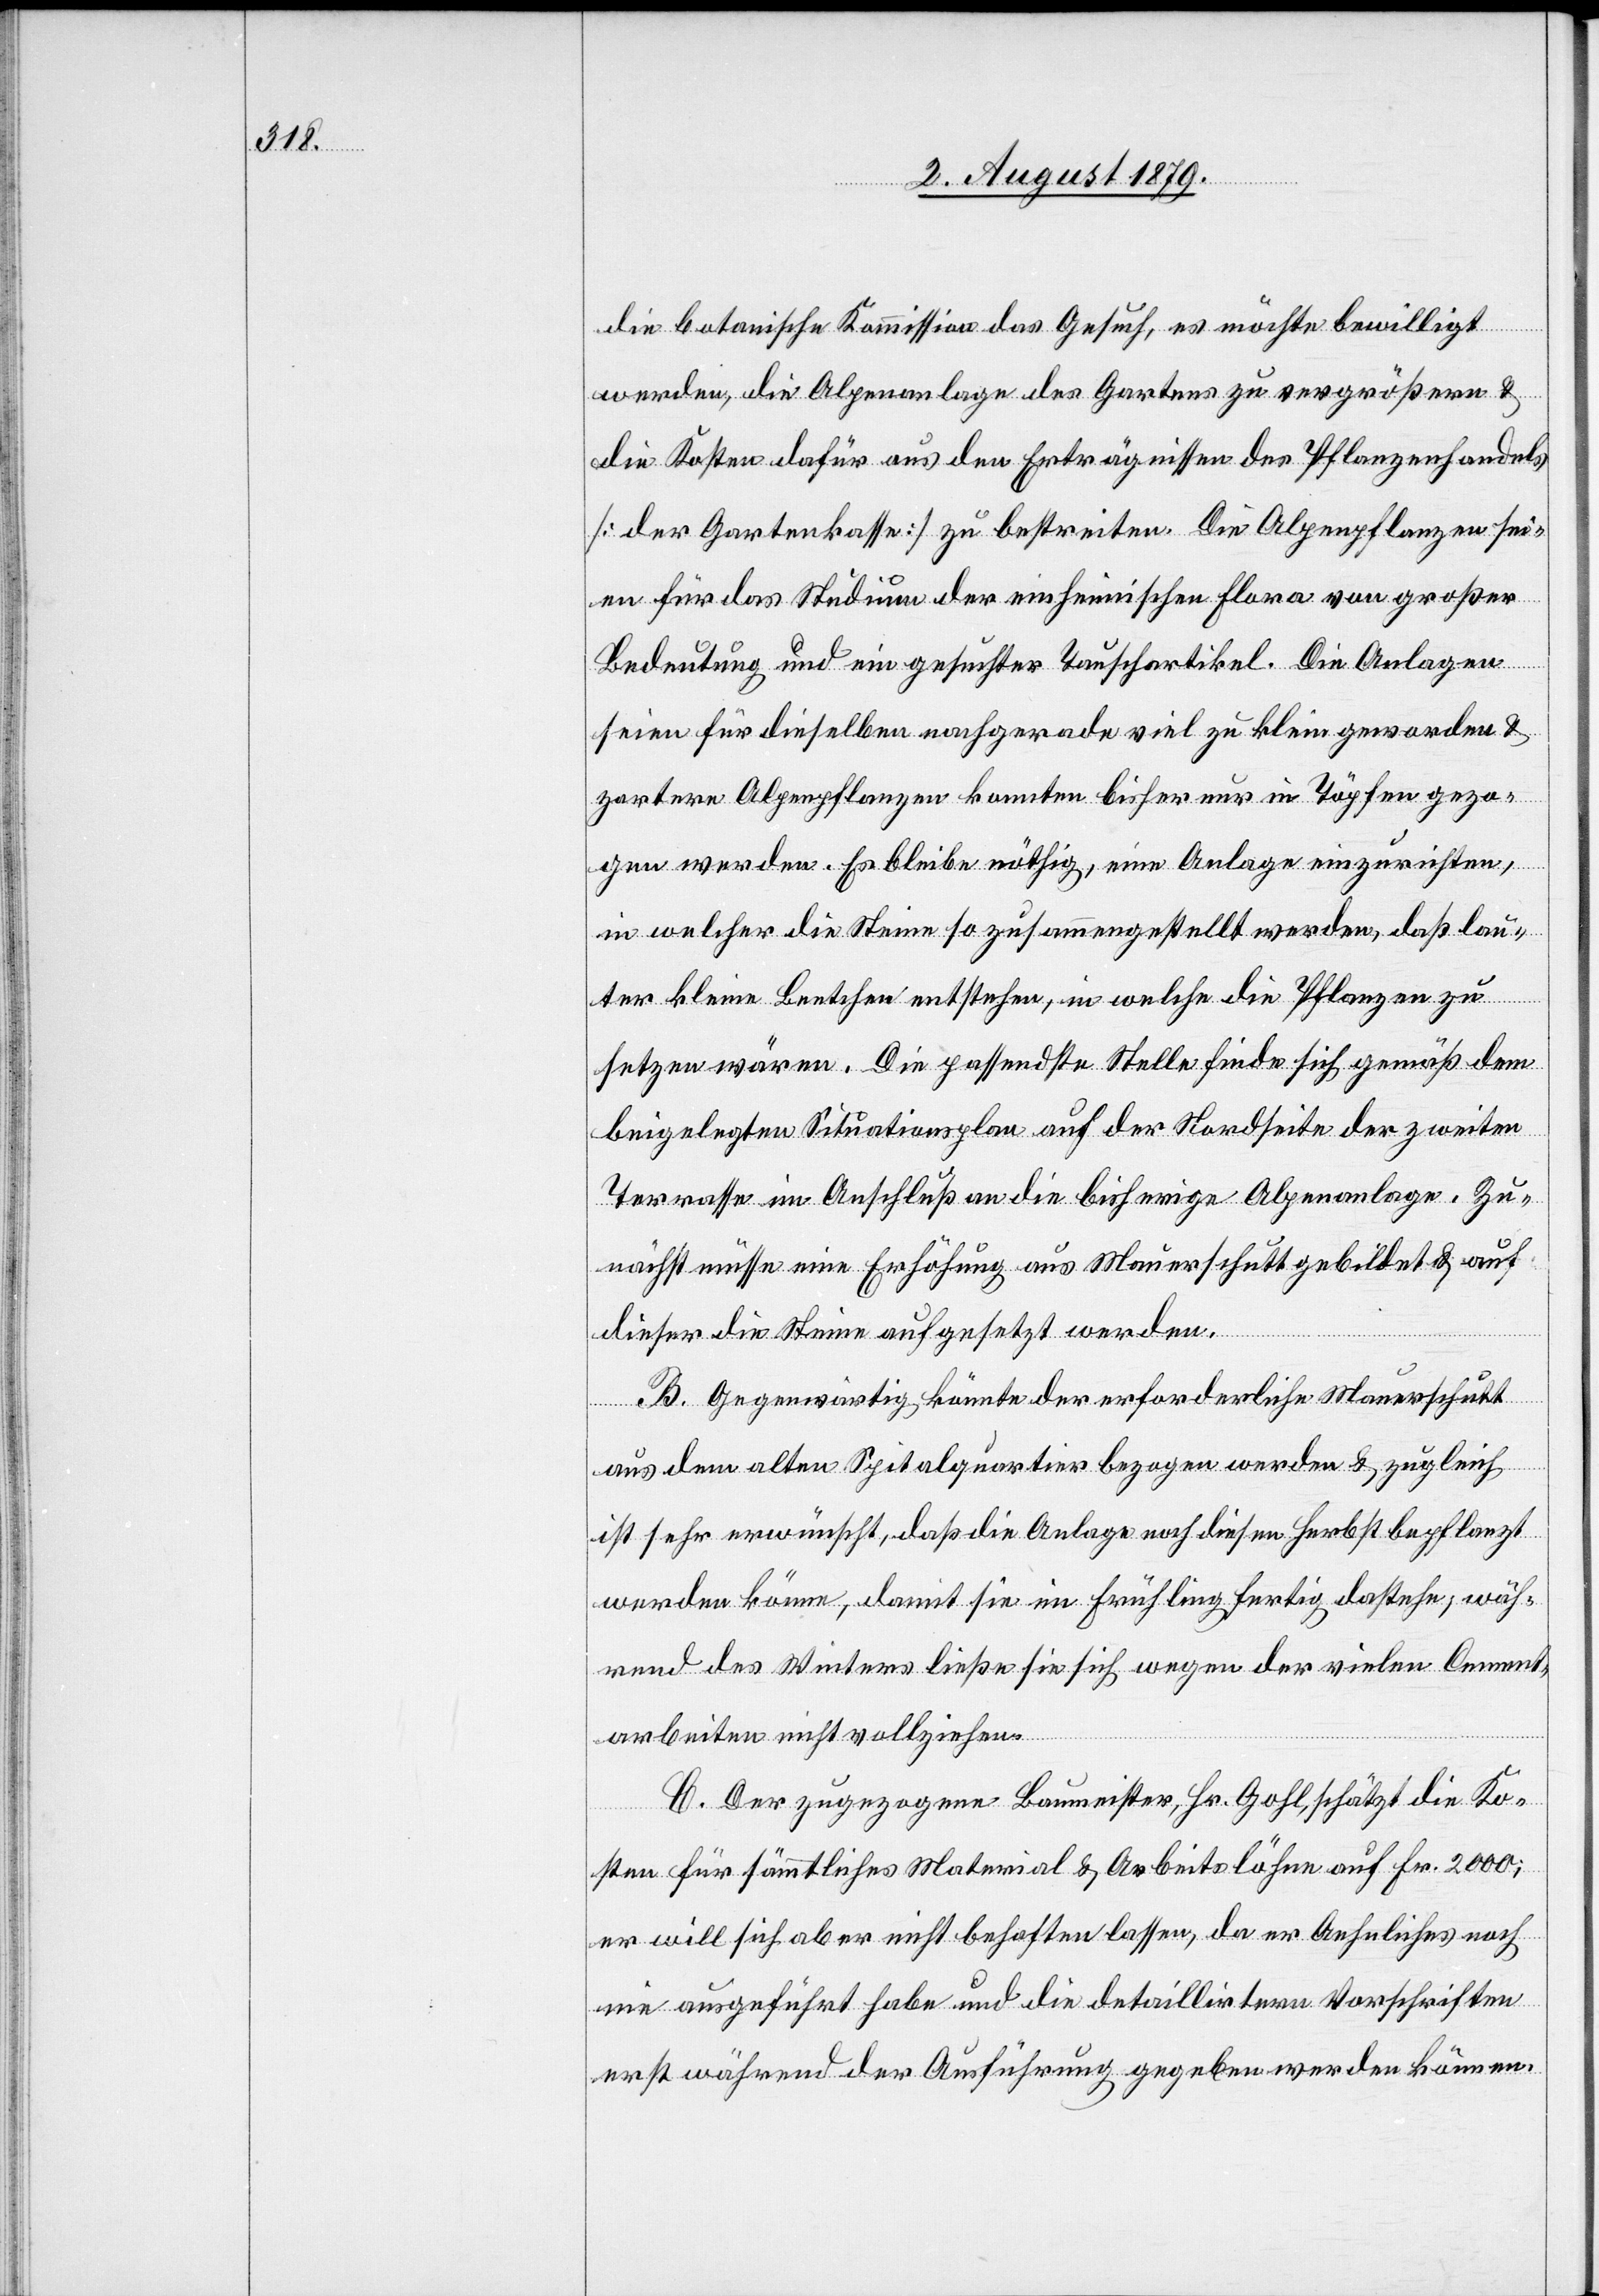
die botanische Kommission das Gesuch, es möchte bewilligt
werden, die Alpenanlage des Gartens zu vergrößern &
die Kosten dafür aus den Erträgnissen des Pflanzenhandels
[der Gartenkasse] zu bestreiten. Die Alpenpflanzen sei¬
en für das Studium der einheimischen Flora von großer
Bedeutung und ein gesuchter Tauschartikel. Die Anlagen
seien für dieselben nachgerade viel zu klein geworden &
zartere Alpenpflanzen konnten bisher nur in Töpfen gezo¬
gen werden. Es bleibe nöthig, eine Anlage einzurichten,
in welcher die Steine so zusammengestellt werden, daß lau¬
ter kleine Beetchen entstehen, in welche die Pflanzen zu
setzen wären. Die passendste Stelle finde sich gemäß dem
beigelegten Situationsplan auf der Nordseite der zweiten
Terrasse im Anschluß an die bisherige Alpenanlage. Zu¬
nächst müsse eine Erhöhung aus Mauerschutt gebildet & auf
dieser die Steine aufgesetzt werden.
B. Gegenwärtig könnte der erforderliche Mauerschutt
aus dem alten Spitalquartier bezogen werden & zugleich
ist sehr erwünscht, daß die Anlage noch diesen Herbst bepflanzt
werden könne, damit sie im Frühling fertig dastehe, wäh¬
rend des Winters ließe sie sich wegen der vielen Cement¬
arbeiten nicht vollziehen.
C. Der zugezogene Baumeister, Hr. Gohl, schätzt die Ko¬
sten für sämmtliches Material & Arbeitslöhne auf Fr. 2000;
er will sich aber nicht behaften lassen, da er Aehnliches noch
nie ausgeführt habe und die detaillirten Vorschriften
erst während der Ausführung gegeben werden können.